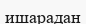
ишарадан